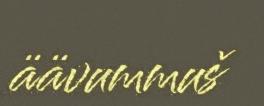
äävummuš